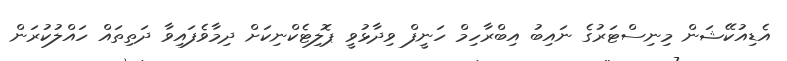
އެޑިއުކޭޝަން މިނިސްޓަރުގެ ނައިބު އިބްރާހިމް ހަނީފް ވިދާޅުވީ ޕޮލިޓެކްނިކަށް ދިމާވެފައިވާ ދަތިތައް ހައްލުކުރަން